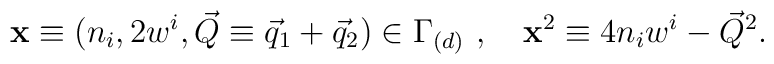
{\bf x}\equiv (n_i,2w^i,\vec{Q}\equiv \vec{q}_1+\vec{q}_2) \in \Gamma_{(d)} ~,~~~ {\bf x}^2\equiv 4n_iw^i - \vec{Q}^2.